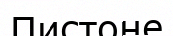
Пистоне